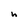
Character: h